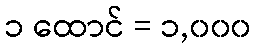
၁ ထောင် = ၁,၀၀၀